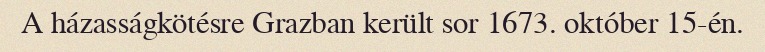
A házasságkötésre Grazban került sor 1673. október 15-én.